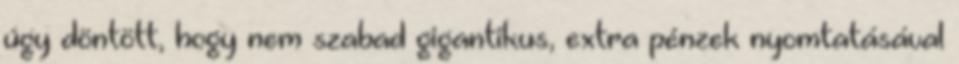
úgy döntött, hogy nem szabad gigantikus, extra pénzek nyomtatásával